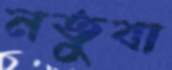
নতুবা